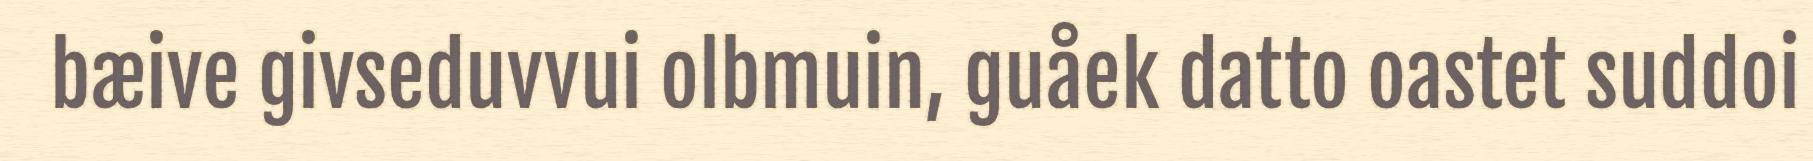
bæive givseduvvui olbmuin, guåek datto oastet suddoi